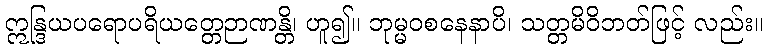
ဣန္ဒြယပရောပရိယတ္တေဉာဏန္တိ၊ ဟူ၍။ ဘုမ္မဝစနေနာပိ၊ သတ္တမိဝိဘတ်ဖြင့် လည်း။